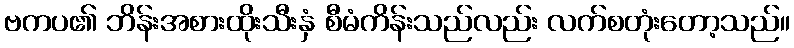
ဗကပ၏ ဘိန်းအစားထိုးသီးနှံ စီမံကိန်းသည်လည်း လက်စတုံးတော့သည်။